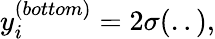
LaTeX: y_{i}^{(bottom)}=2\sigma(..),